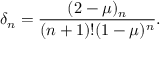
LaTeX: \delta _ { n } = \frac { ( 2 - \mu ) _ { n } } { ( n + 1 ) ! ( 1 - \mu ) ^ { n } } .